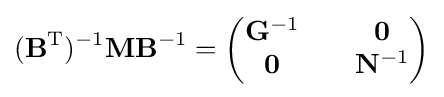
(\mathbf {B} ^{\mathrm {T} })^{-1}\mathbf {M} \mathbf {B} ^{-1}={\begin{pmatrix}\mathbf {G} ^{-1}&&\mathbf {0} \\\mathbf {0} &&\mathbf {N} ^{-1}\end{pmatrix}}